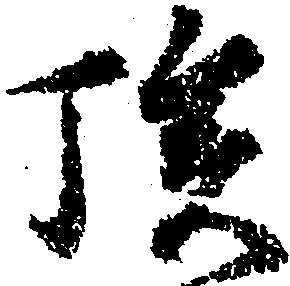
族